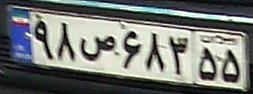
۹۸ص۶۸۳۵۵